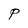
Character: P